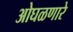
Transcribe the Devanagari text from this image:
ओघळणारे